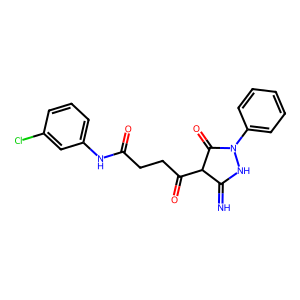
SMILES: N=C1NN(c2ccccc2)C(=O)C1C(=O)CCC(=O)Nc1cccc(Cl)c1
Inhibits HIV replication: No